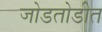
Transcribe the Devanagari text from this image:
जोडतोडीत